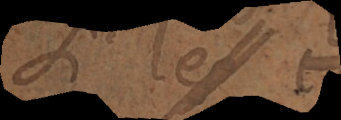
Si les